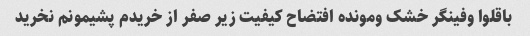
باقلوا وفینگر خشک ومونده افتضاح کیفیت زیر صفر از خریدم پشیمونم نخرید